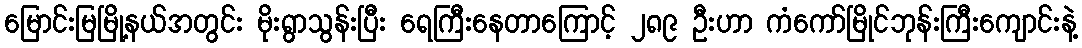
မြောင်းမြမြို့နယ်အတွင်း မိုးရွာသွန်းပြီး ရေကြီးနေတာကြောင့် ၂၈၉ ဦးဟာ ကံကော်မြိုင်ဘုန်းကြီးကျောင်းနဲ့